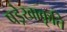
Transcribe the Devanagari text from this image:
षड्रेखाकृति